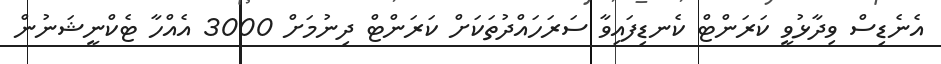
އެނެޑިސް ވިދާޅުވީ ކަރަންޓް ކެނޑިފައިވާ ސަރަހައްދުތަކަށް ކަރަންޓް ދިނުމަށް 3000 އެއްހާ ޓެކްނީޝަނުން